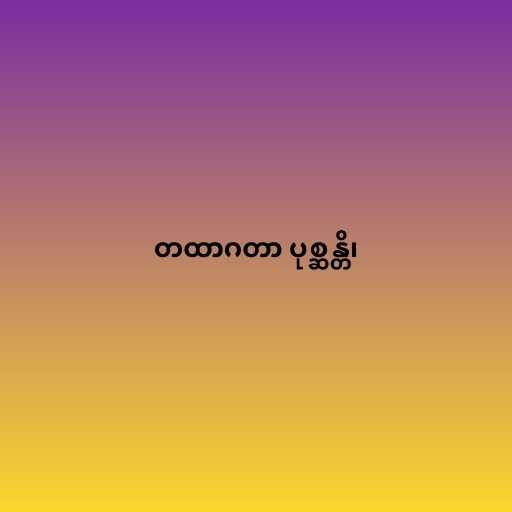
တထာဂတာ ပုစ္ဆန္တိ၊